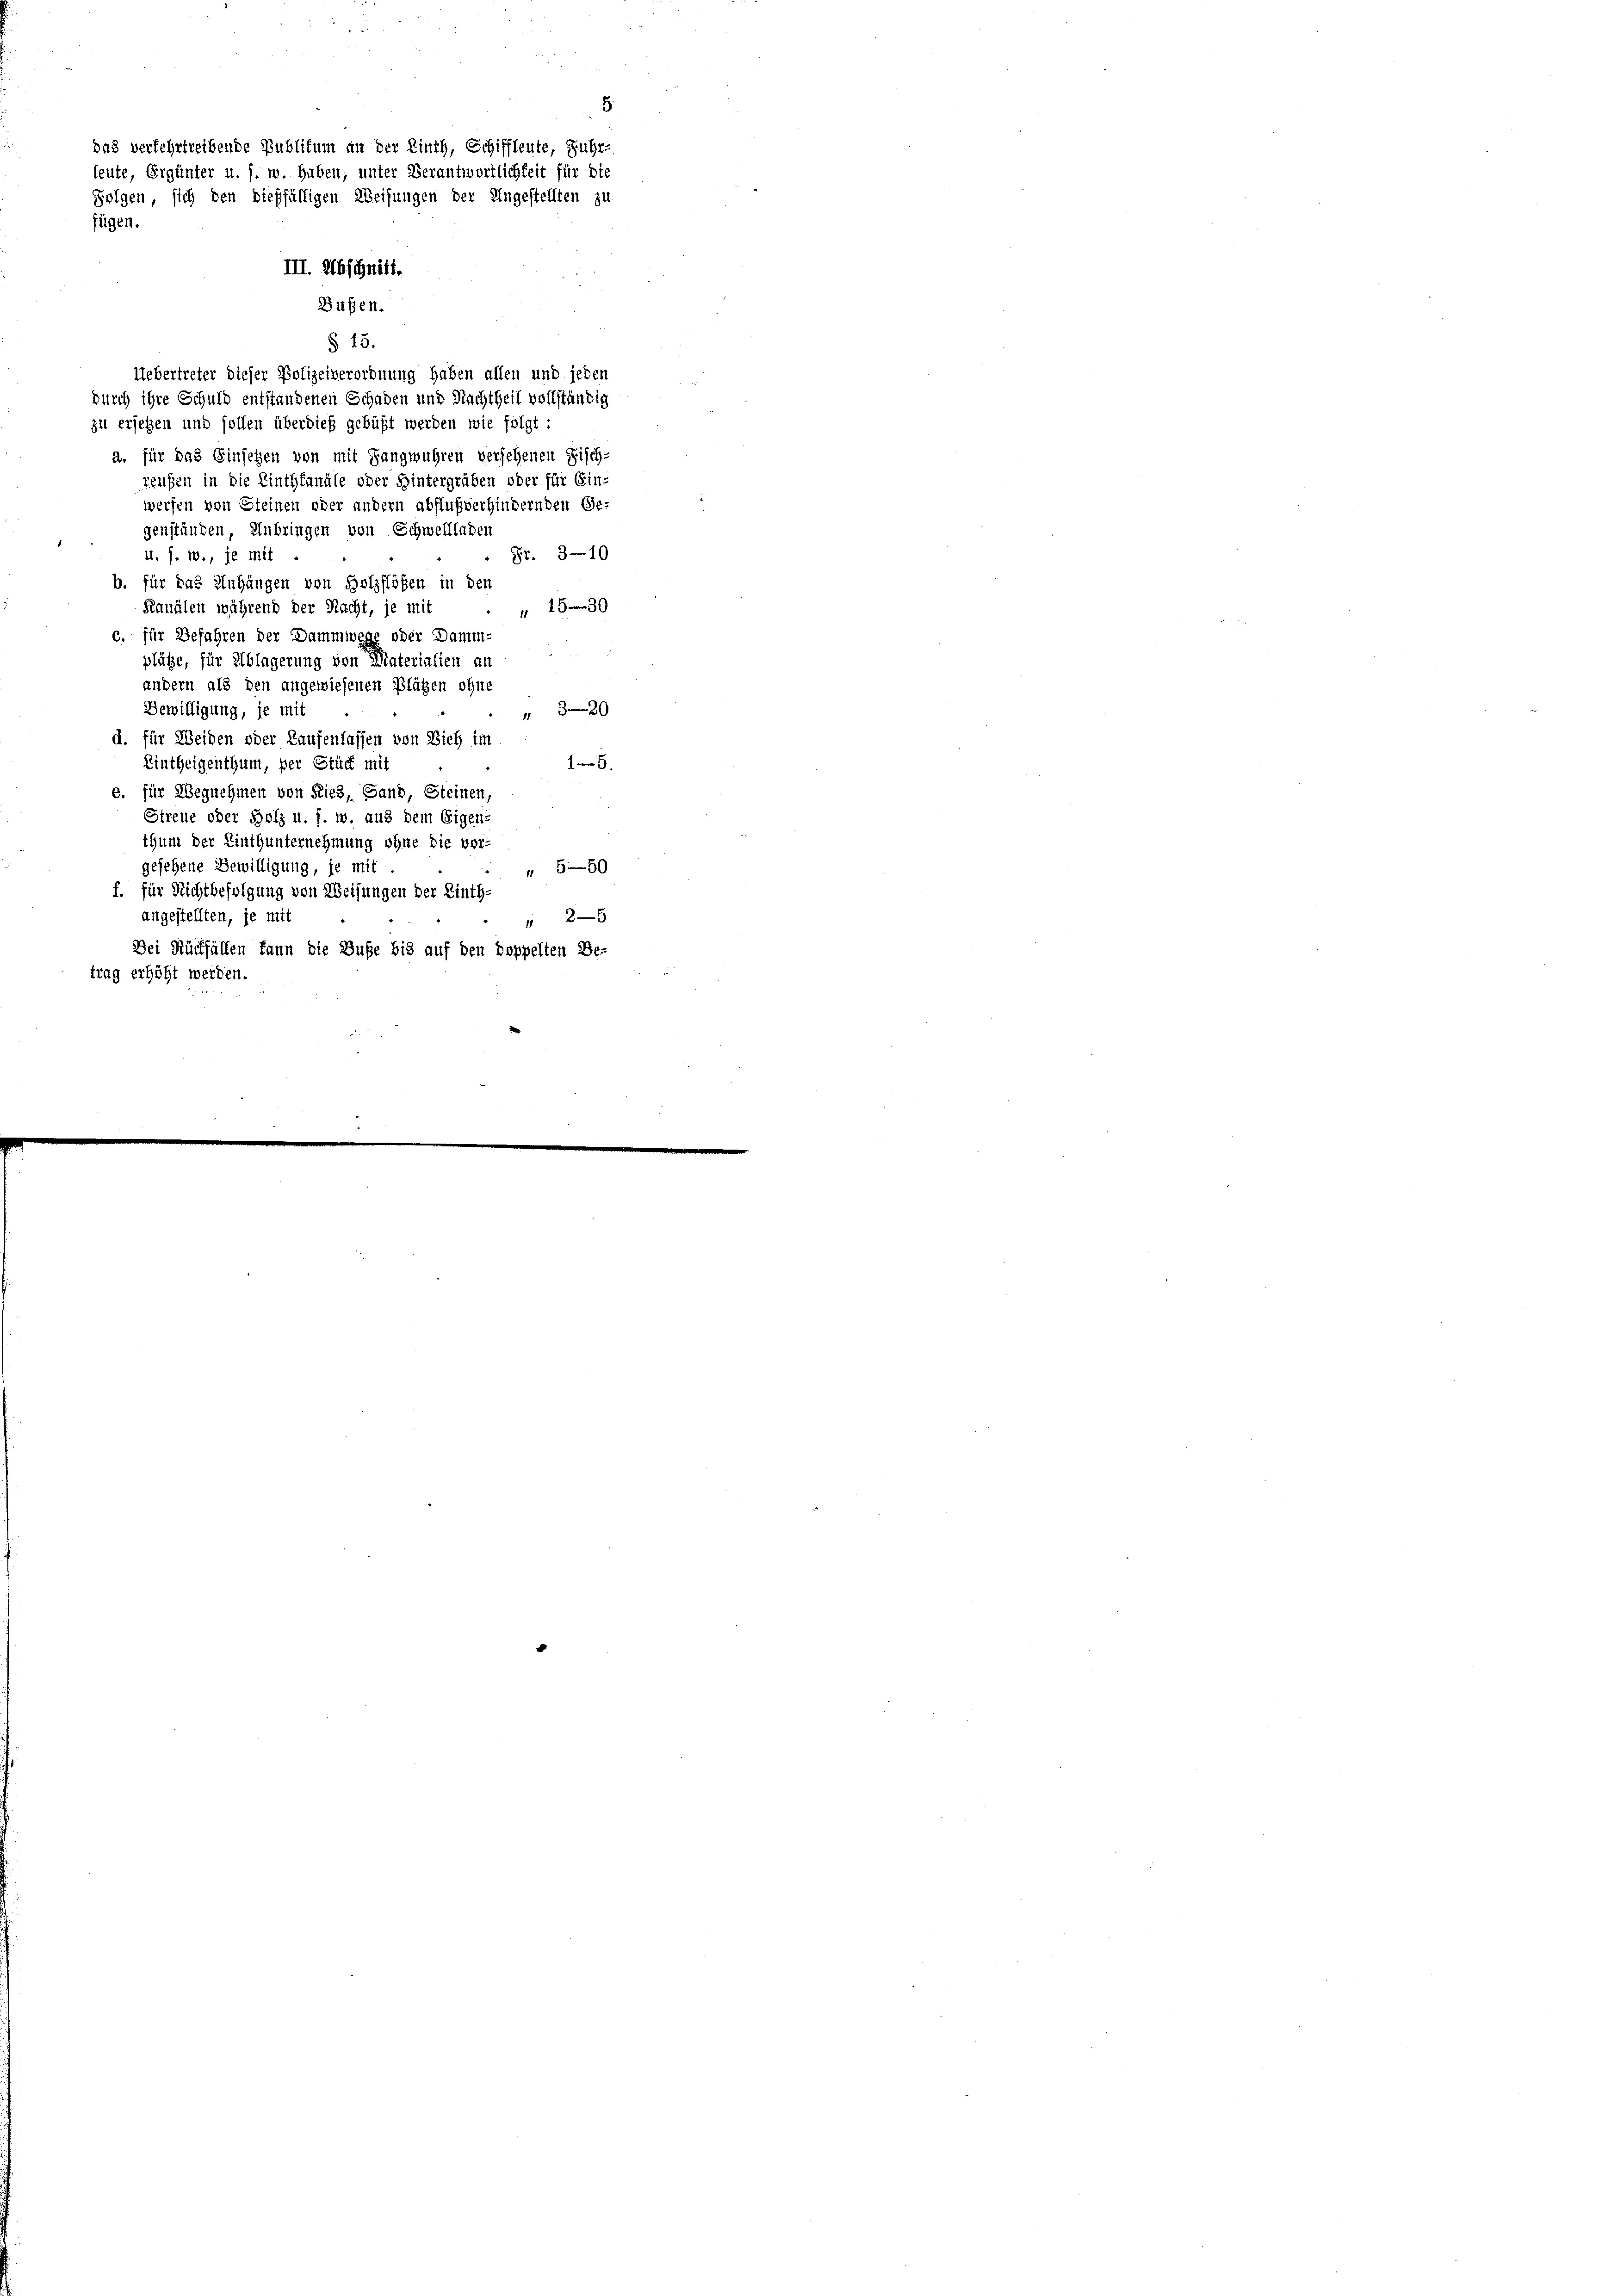
.
das verfehrtreibende Publikum an der Linth, Schiffleute, Fuhr-
leute, Ergänter u. s. w. haben, unter Verantwortlichkeit für die
Folgen, sich den dießfälligen Weisungen der Ungestellten zu
fügen.
III. Abschnitt.

Uebertreter dieser Polizeiverordnung haben allen und jeden
durch ihre Schuld entstandenen Schaden und Nachtheil vollständig
zel ersetzen und sollen überdieß gebüßt werden wie folgt:
2. für das Einsetzen von mit Langwuhren versehenen Fisch-
reugen in die Linthkanäle oder Hintergräben oder für Ein-
werfen von Steinen oder andern abflußverhindernden Ge-
genständen, Anbringen von Schwellladen
8. 3—10
4. s. w., je mit
b. für das Anhängen von Holzflößen in den
1539
Kanälen während der Nacht, je mit
c. für Befahren der Dammwege oder Damm-
plätze, für Ablagerung von Materialien an
andern als den angewiesenen Plätzen ohne
Bewilligung, je mit
20
d. für Weiden oder Kaufenlassen von Dich im
15.
Eintheigenthum, per Stück mit
e. für Wegnehmen von Ries, Sand, Steinen,
Streue oder Holz u. s. w. aus dem Eigen-
thum der Linthunternehmung ohne die vor-
gesehene Bewilligung, je mit
559
f. für Nichtbefolgung von Weisungen der Linth-
angestellten, je mit
2
Dei Rückfällen kann die Buße bis auf den doppelten Be-
trag erhöht werden.

Bußen.
§ 15.